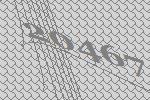
20467